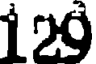
129